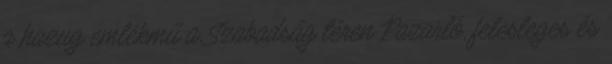
a hazug emlékmű a Szabadság téren Pazarló, felesleges és